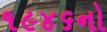
૧૯૪૬નો